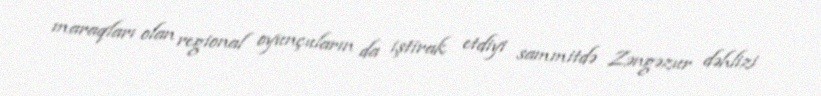
maraqları olan regional oyunçuların da iştirak etdiyi sammitdə Zəngəzur dəhlizi